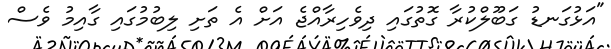
"އަޅުގަނޑު ގަބޫލްކުރާ ގޮތުގައި ދިވެހިރާއްޖެ އަށް އެ ތަށި ލިބުމުގައި ގާއިމު ވެސް